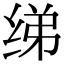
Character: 绨